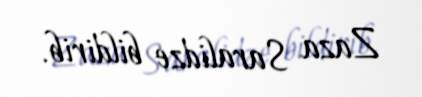
Zaza Saralidze bildirib.